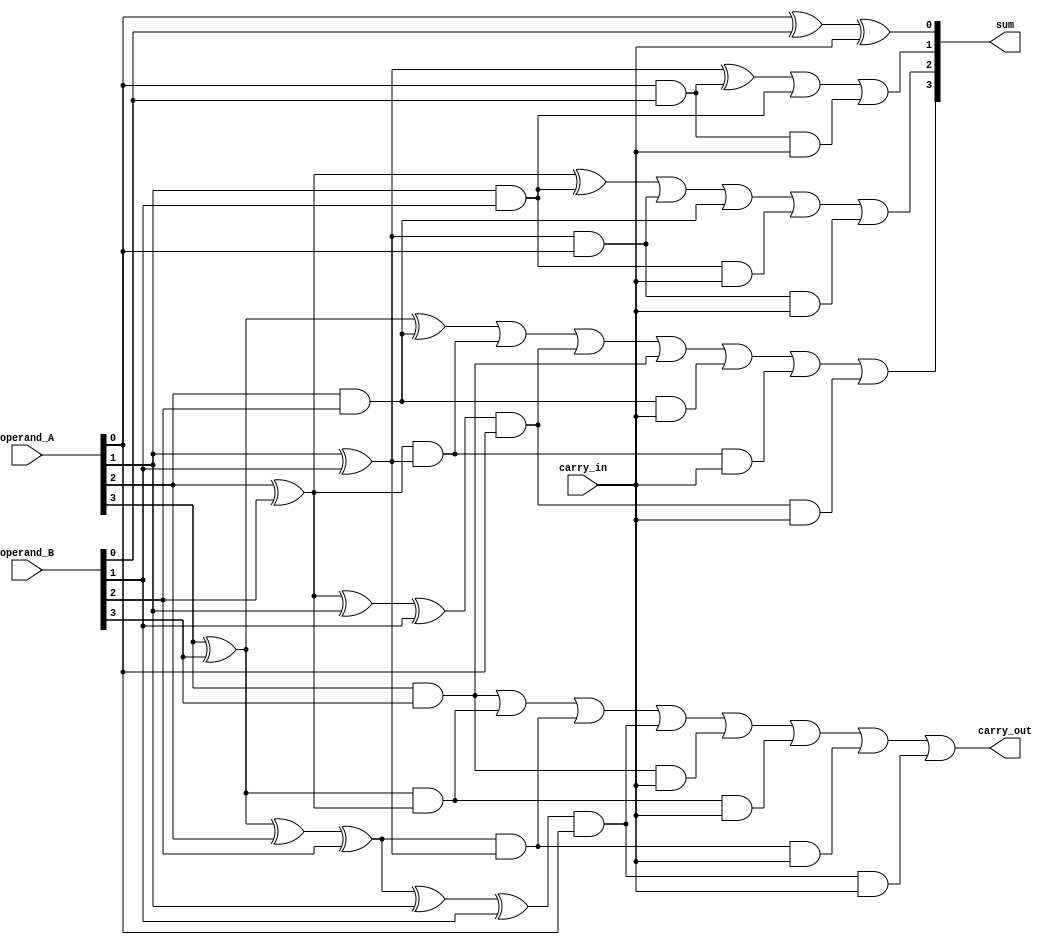
module Kogge_Stone_Adder(
    input [3:0] operand_A,
    input [3:0] operand_B,
    input carry_in,
    output [3:0] sum,
    output carry_out
);

// Combinational Logic Blocks
// Generate sum for each stage
assign sum[0] = operand_A[0] ^ operand_B[0] ^ carry_in;
assign sum[1] = operand_A[1] ^ operand_B[1] ^ (operand_A[0] & operand_B[0]) | (operand_A[1] & operand_B[1]) | (operand_A[0] & operand_B[0] & carry_in);
assign sum[2] = operand_A[2] ^ operand_B[2] ^ (operand_A[1] & operand_B[1]) | ((operand_A[1] ^ operand_B[1]) & operand_A[0]) | (operand_A[2] & operand_B[2]) | (operand_A[1] & operand_B[1] & carry_in) | ((operand_A[1] ^ operand_B[1]) & operand_A[0] & carry_in);
assign sum[3] = operand_A[3] ^ operand_B[3] ^ (operand_A[2] & operand_B[2]) | ((operand_A[2] ^ operand_B[2]) & (operand_A[1] ^ operand_B[1])) | ((operand_A[2] ^ operand_B[2] ^ operand_A[1] ^ operand_B[1]) & operand_A[0]) | (operand_A[3] & operand_B[3]) | (operand_A[2] & operand_B[2] & carry_in) | ((operand_A[2] ^ operand_B[2]) & (operand_A[1] ^ operand_B[1]) & carry_in) | ((operand_A[2] ^ operand_B[2] ^ operand_A[1] ^ operand_B[1]) & operand_A[0] & carry_in);

// Generate carry_out
assign carry_out = (operand_A[3] & operand_B[3]) | ((operand_A[3] ^ operand_B[3]) & (operand_A[2] ^ operand_B[2])) | ((operand_A[3] ^ operand_B[3] ^ operand_A[2] ^ operand_B[2]) & (operand_A[1] ^ operand_B[1])) | ((operand_A[3] ^ operand_B[3] ^ operand_A[2] ^ operand_B[2] ^ operand_A[1] ^ operand_B[1]) & operand_A[0]) | (operand_A[3] & operand_B[3] & carry_in) | ((operand_A[3] ^ operand_B[3]) & (operand_A[2] ^ operand_B[2]) & carry_in) | ((operand_A[3] ^ operand_B[3] ^ operand_A[2] ^ operand_B[2]) & (operand_A[1] ^ operand_B[1]) & carry_in) | ((operand_A[3] ^ operand_B[3] ^ operand_A[2] ^ operand_B[2] ^ operand_A[1] ^ operand_B[1]) & operand_A[0] & carry_in);

endmodule